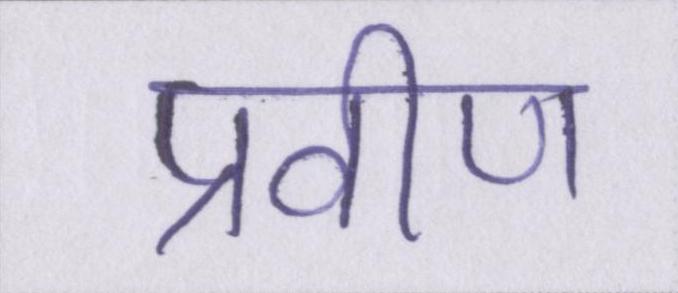
प्रवीण